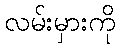
လမ်းမှားကို